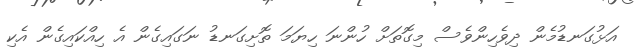
އަޅުގަނޑުމެން ދިވެހިންވެސް މިގޮތަށް ހުންނަ ހިޔަމަ ތޮށިގަނޑު ނަގައިގެން އެ ހިއްކައިގެން އެކި